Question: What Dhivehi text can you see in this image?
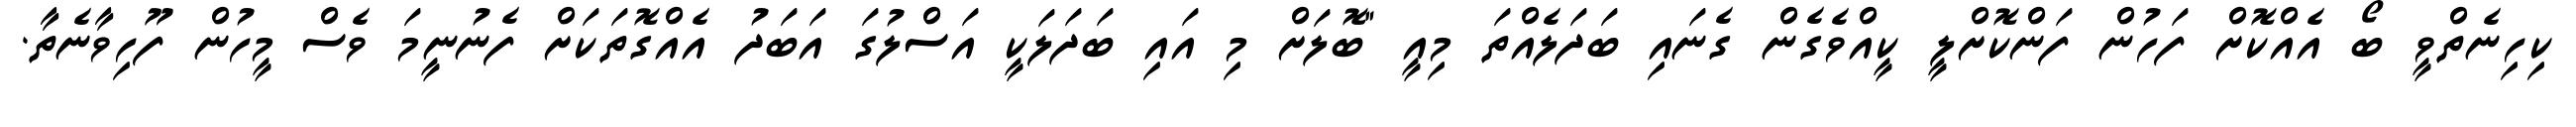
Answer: ކިހިނެތްވީ ބޯ އެއްކޮށް ފަހުން ފަންކޮށްލީ ކީއްވެގެން ގެނައި ބަދަލެއްތަ މިއީ "ބޮލަށް މި އައި ބަދަލަކީ އަސްލުގަ އަބަދު އެއްގޮތަކަށް ފެނުނީމަ ވެސް މީހުން ފޫހިވާނެތާ.